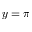
y = \pi